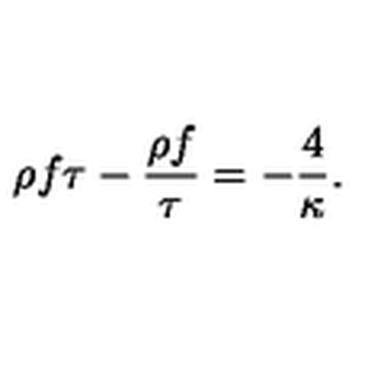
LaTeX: \rho f \tau - { \frac { \rho f } { \tau } } = - { \frac { 4 } { \kappa } } .